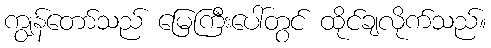
ကျွန်တော်သည် မြေကြီးပေါ်တွင် ထိုင်ချလိုက်သည်။